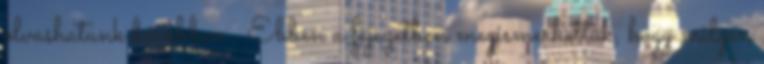
olvashatunk bővebben . Ebben a fejezetben megismerhettük, hogy milyen